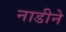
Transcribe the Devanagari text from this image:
नाडीने